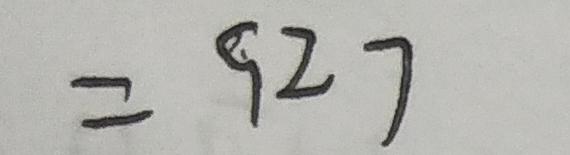
= 9 2 7